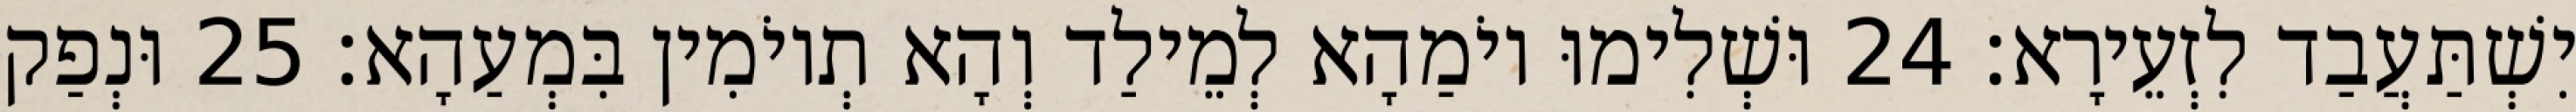
יִשְׁתַּעֲבַד לִזְעֵירָא׃ 24 וּשְׁלִימוּ יוֹמַהָא לְמֵילַד וְהָא תְיוֹמִין בִּמְעַהָא׃ 25 וּנְפַק